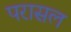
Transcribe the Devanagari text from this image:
परासल